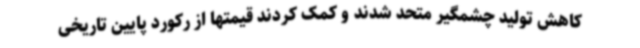
کاهش تولید چشمگیر متحد شدند و کمک کردند قیمتها از رکورد پایین تاریخی